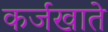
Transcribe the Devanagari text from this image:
कर्जखाते